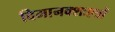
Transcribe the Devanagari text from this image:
विमानक्शःएत्रों